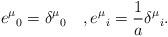
LaTeX: \begin{align*} e^\mu{}_0 =\delta^\mu{}_0 \quad , e^\mu{}_i=\frac{1}{a}\delta^\mu{}_i.\end{align*}